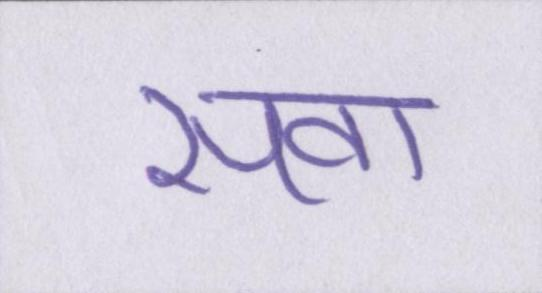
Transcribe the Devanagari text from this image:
सवा